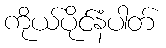
ကိုယ်ပိုင်နံပါတ်